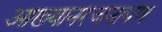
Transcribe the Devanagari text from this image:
आख्यानरचनापण